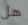
هل